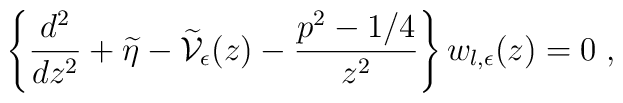
\left\{\frac{d^{2}}{dz^{2}} + \widetilde{\eta}  -\widetilde{\mathcal V}_{\epsilon}(z) - \frac{ p^{2} - 1/4 }{z^{2}}\right\}w_{l,\epsilon} (z) = 0\;  ,